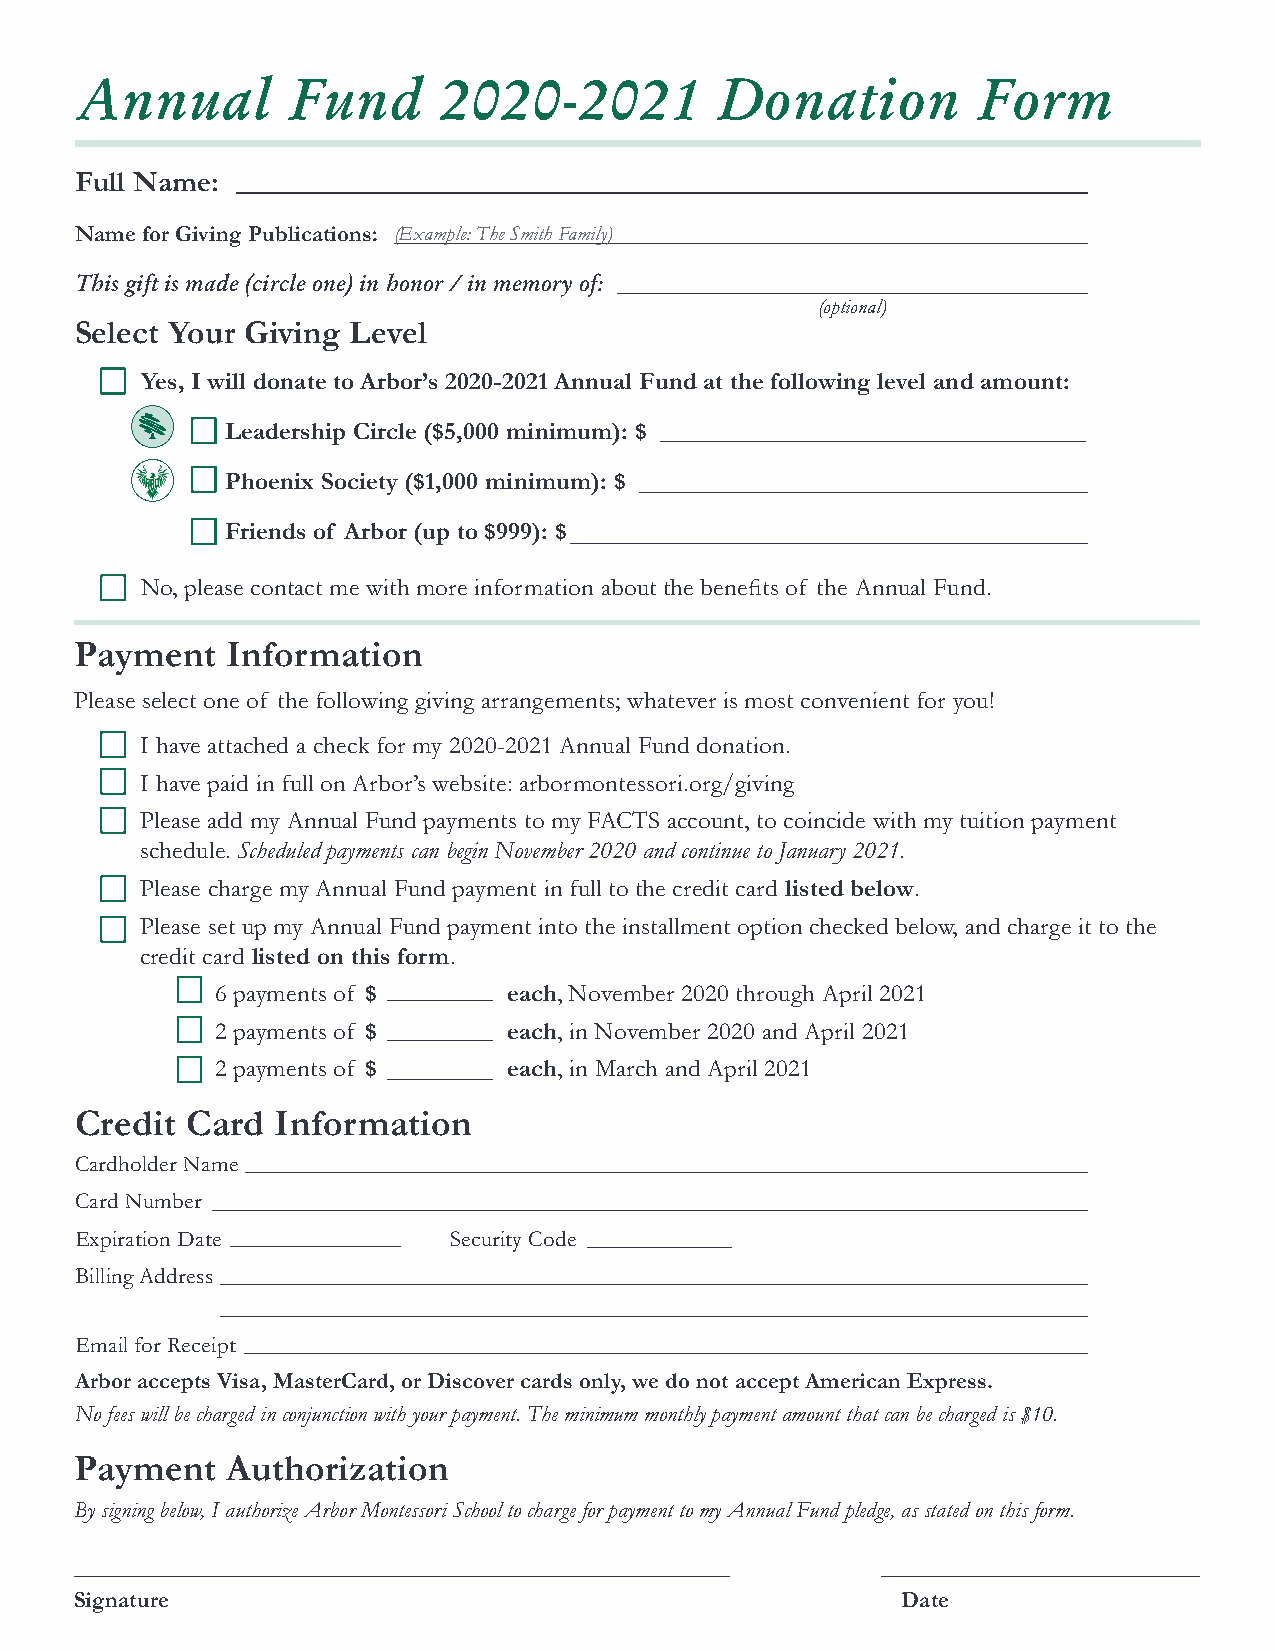
Annual        Fund      2020-2021         Donation          Form
 Full Name:
 Name for Giving Publications: (Example: The Smith Family)
 This gift is made (circle one) in honor / in memory of:
 (optional)
 Select Your Giving Level
 Yes, I will donate to Arbor’s 2020-2021 Annual Fund at the following level and amount:
 Leadership Circle ($5,000 minimum): $
 Phoenix Society ($1,000 minimum): $
 Friends of Arbor (up to $999): $
 No, please contact me with more information about the benefits of the Annual Fund.
 Payment   Information
 Please select one of the following giving arrangements; whatever is most convenient for you!
 I have attached a check for my 2020-2021 Annual Fund donation.
 I have paid in full on Arbor’s website: arbormontessori.org/giving
 Please add my Annual Fund payments to my FACTS account, to coincide with my tuition payment
 schedule. Scheduled payments can begin November 2020 and continue to January 2021.
 Please charge my Annual Fund payment in full to the credit card listed below.
 Please set up my Annual Fund payment into the installment option checked below, and charge it to the
 credit card listed on this form.
 6 payments of $     each, November 2020 through April 2021
 2 payments of $     each, in November 2020 and April 2021
 2 payments of $     each, in March and April 2021
 Credit Card  Information
 Cardholder Name
 Card Number
 Expiration Date          Security Code
 Billing Address
 Email for Receipt
 Arbor accepts Visa, MasterCard, or Discover cards only, we do not accept American Express.
 No fees will be charged in conjunction with your payment. The minimum monthly payment amount that can be charged is $10.
 Payment   Authorization
 By signing below, I authorize Arbor Montessori School to charge for payment to my Annual Fund pledge, as stated on this form.
 Signature                                              Date